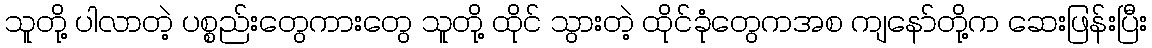
သူတို့ ပါလာတဲ့ ပစ္စည်းတွေကားတွေ သူတို့ ထိုင် သွားတဲ့ ထိုင်ခုံတွေကအစ ကျနော်တို့က ဆေးဖြန်းပြီး